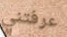
عرفتني